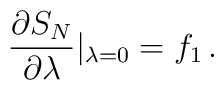
{\partial S_{N} \over \partial \lambda}|_{\lambda = 0} = f_1 \, .